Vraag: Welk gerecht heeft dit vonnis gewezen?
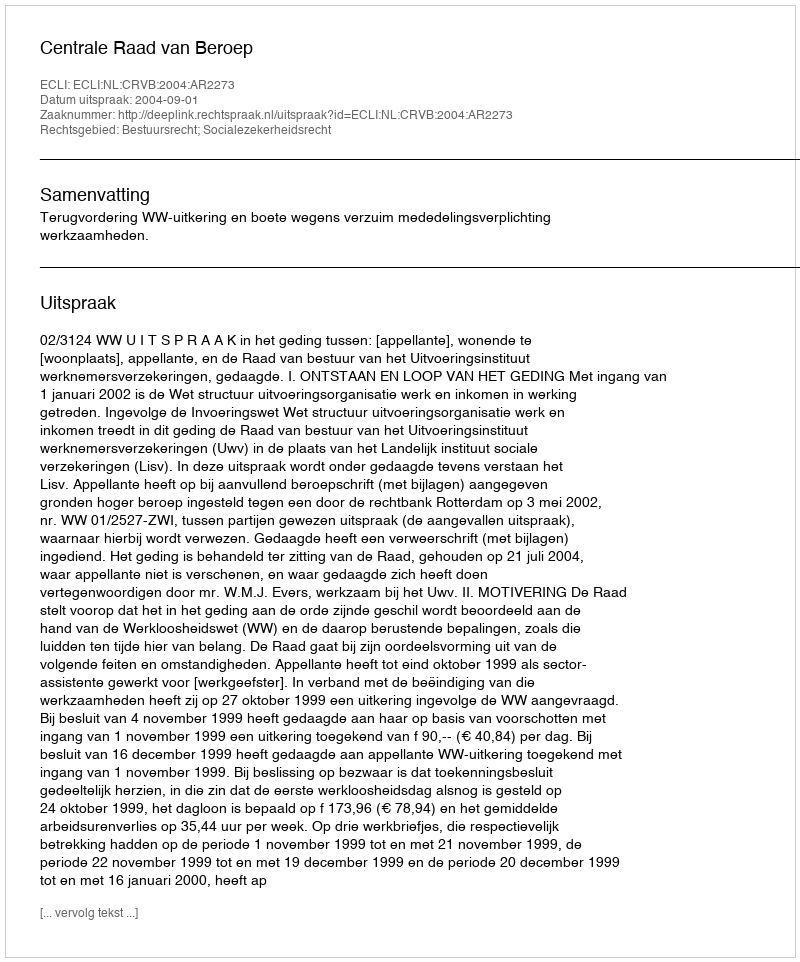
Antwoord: Centrale Raad van Beroep